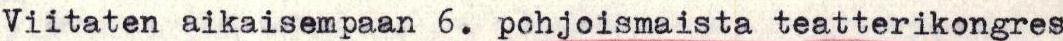
Viitaten aikaisempaan 6. pohjoismaista teatterikongres